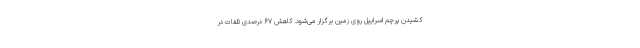
کشیدن پرچم اسراییل روی زمین برگزار می‌شود. کاهش ۶۷ درصدی تلفات در